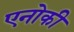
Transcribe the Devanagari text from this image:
एनोकी